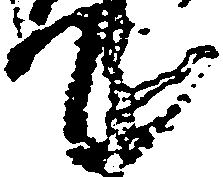
て